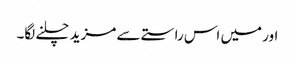
اور میں اس راستے سے مزید چلنے لگا۔